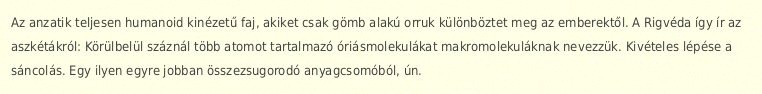
Az anzatik teljesen humanoid kinézetű faj, akiket csak gömb alakú orruk különböztet meg az emberektől. A Rigvéda így ír az aszkétákról: Körülbelül száznál több atomot tartalmazó óriásmolekulákat makromolekuláknak nevezzük. Kivételes lépése a sáncolás. Egy ilyen egyre jobban összezsugorodó anyagcsomóból, ún.